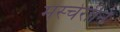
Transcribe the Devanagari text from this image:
मस्चेरोनि